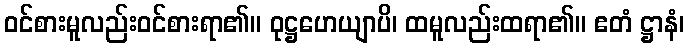
ဝင်စားမူလည်းဝင်စားရာ၏။ ဝုဋ္ဌဟေယျာပိ၊ ထမူလည်းထရာ၏။ ဧတံ ဋ္ဌာနံ၊